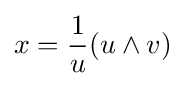
x={\frac {1}{u}}(u\wedge v)